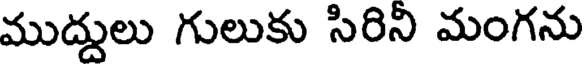
ముద్దులు గులుకు సిరిని మంగను